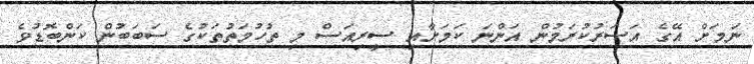
ނަމަށް އޭގެ އަސަރުކުރަމުން އަންނަ ކަމަށާއި ސީރިއަސް މި ތުހުމަތުތަކުގެ ސަބަބުން ކަންބޮޑުވެ